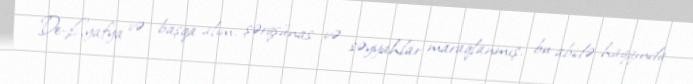
De-Lyafya və başqa alim, şərqşünas və səyyahlar maraqlanmış, bu abidə haqqında